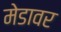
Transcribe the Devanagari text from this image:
मेडावर